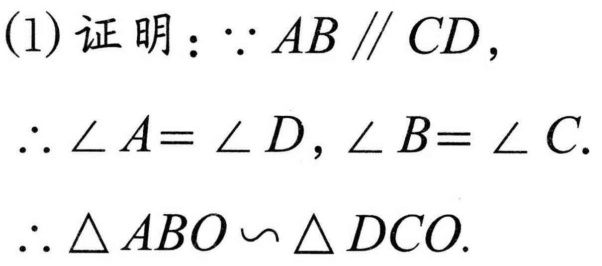
(1)证明：$\because AB\parallel CD,$
$\therefore \angle A=\angle D,\angle B=\angle C.$
$\therefore \triangle ABO\backsim\triangle DCO.$